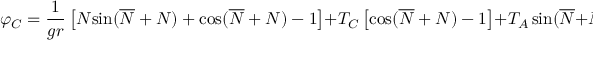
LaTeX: \varphi _ { C } = \frac { 1 } { g r } \left[ { \cal { N } } { \sin } ( \overline { { { \cal { N } } } } + { \cal { N } } ) + { \cos } ( \overline { { { \cal { N } } } } + { \cal { N } } ) - 1 \right] + { \cal T } _ { C } \left[ { \cos } ( \overline { { { \cal { N } } } } + { \cal { N } } ) - 1 \right] + { \cal T } _ { A } \, { \sin } ( \overline { { { \cal { N } } } } + { \cal { N } } ) \, .